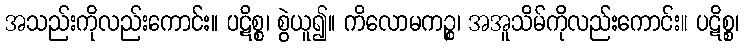
အသည်းကိုလည်းကောင်း။ ပဋိစ္စ၊ စွဲယူ၍။ ကိလောမကဉ္စ၊ အအူသိမ်ကိုလည်းကောင်း။ ပဋိစ္စ၊